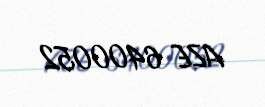
AZE 6400052